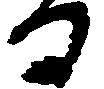
る